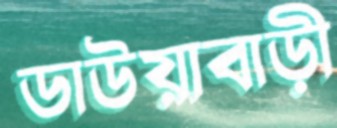
ডাউয়াবাড়ী